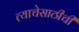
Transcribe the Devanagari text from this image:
त्याचेसाठीची